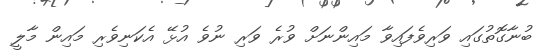
ބުނާގޮތުގައި ވަރިވެފައިވާ މައިންނަށް ވުރެ ވަރި ނުވެ އުޅޭ އެކަނިވެރި މައިން މާލީ